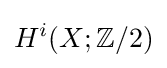
H^{i}(X;\mathbb {Z} /2)